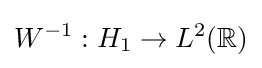
W^{-1}:H_{1}\to L^{2}(\mathbb {R} )